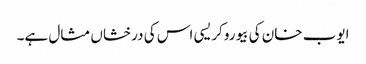
ایوب خان کی بیوروکریسی اس کی درخشاں مثال ہے۔